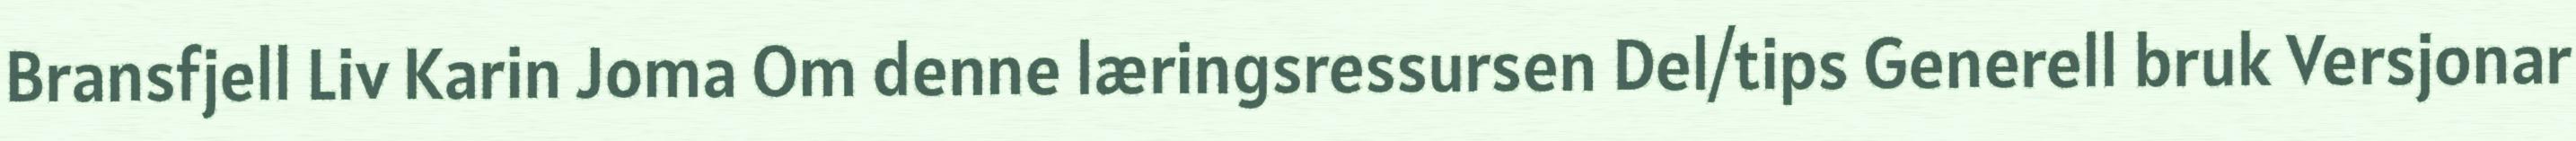
Bransfjell Liv Karin Joma Om denne læringsressursen Del/tips Generell bruk Versjonar